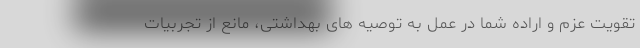
تقویت عزم و اراده شما در عمل به توصیه های بهداشتی، مانع از تجربیات